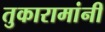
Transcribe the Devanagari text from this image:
तुकारामांनीं